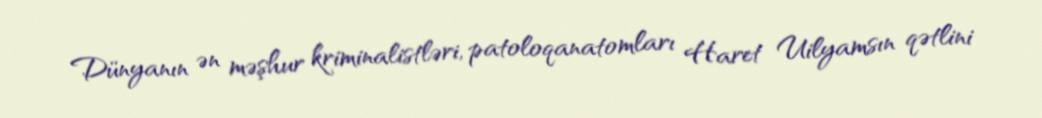
Dünyanın ən məşhur kriminalistləri, patoloqanatomları Haret Uilyamsın qətlini